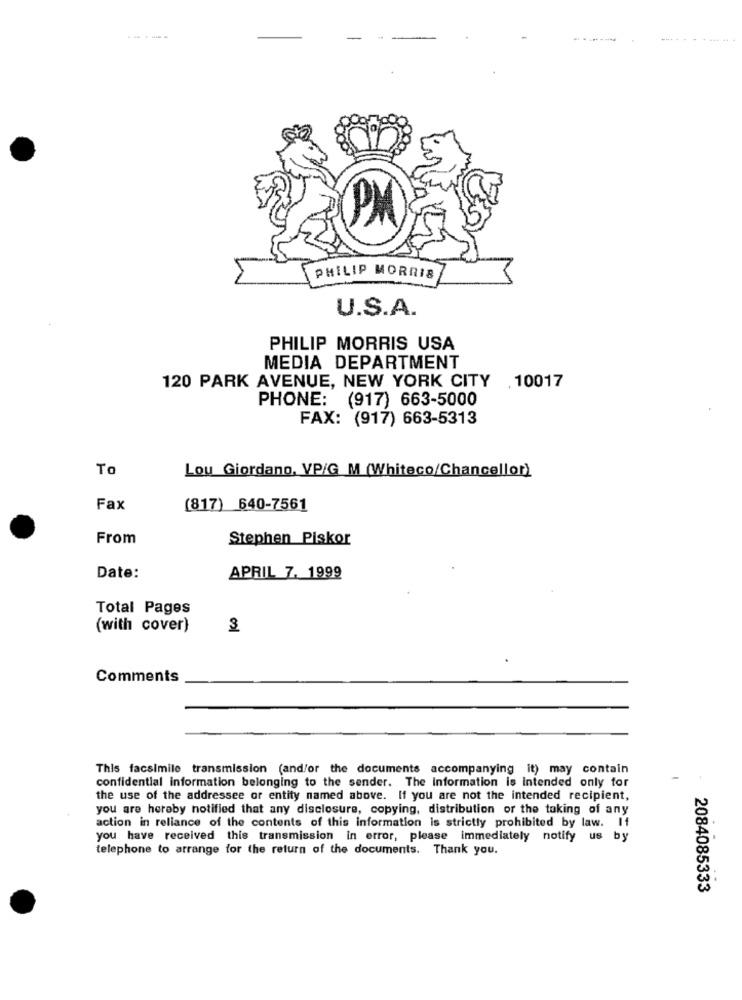
.-.
-......... .
PHILIP MORRIS
U.S.A.
PHILIP MORRIS USA
MEDIA DEPARTMENT
120 PARK AVENUE, NEW YORK CITY .10017
PHONE: (917) 663-5000
FAX: (917) 663-5313
To
Lou Giordano, VP/G M (Whiteco/Chancellor)
Fax
(817) 640-7561
From
Stephen Piskor
Date:
APRIL 7. 1999
Total Pages
(with cover)
3
Comments
This facsimile transmission (and/or the documents accompanying it) may contain
confidential information belonging to the sender. The Information is intended only for
the use of the addressee or entity named above. If you are not the intended recipient,
you are hereby notified that any disclosure, copying, distribution or the taking of any
action in reliance of the contents of this information is strictly prohibited by law. If
you have received this transmission in error, please immediately notify us by
telephone to arrange for the return of the documents. Thank you.
2084085333